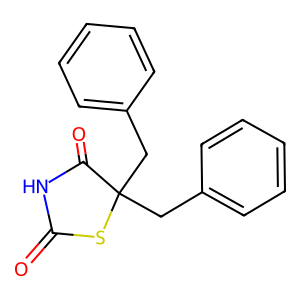
SMILES: O=C1NC(=O)C(Cc2ccccc2)(Cc2ccccc2)S1
Inhibits HIV replication: No